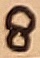
Text: 8